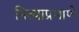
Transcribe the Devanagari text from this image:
नित्याप्रमाणे